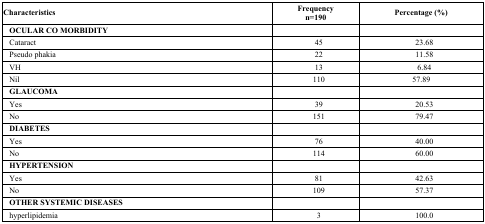
| Characteristics | Frequencyn=190 | Percentage (%) |
 | --- | --- | --- |
 | OCULAR CO MORBIDITY |  |  |
 | Cataract | 45 | 23.68 |
 | Pseudo phakia | 22 | 11.58 |
 | VH | 13 | 6.84 |
 | Nil | 110 | 57.89 |
 | GLAUCOMA |  |  |
 | Yes | 39 | 20.53 |
 | No | 151 | 79.47 |
 | DIABETES |  |  |
 | Yes | 76 | 40.00 |
 | No | 114 | 60.00 |
 | HYPERTENSION |  |  |
 | Yes | 81 | 42.63 |
 | No | 109 | 57.37 |
 | OTHER SYSTEMIC DISEASES |  |  |
 | hyperlipidemia | 3 | 100.0 |